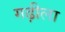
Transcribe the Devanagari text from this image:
गढ़ीला